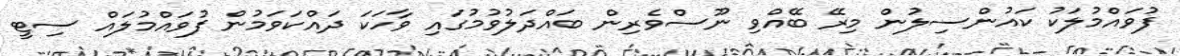
ފުވައްމުލަކު ކައުންސިލުން މިރޭ ބޭއްވި ނޫސްވެރިން ބައްދަލުވުމުގައި ވާހަކަ ދައްކަވަމުން ފުވައްމުލައް ސިޓީ